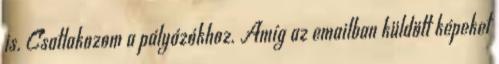
is. Csatlakozom a pályázókhoz. Amíg az emailban küldött képeket